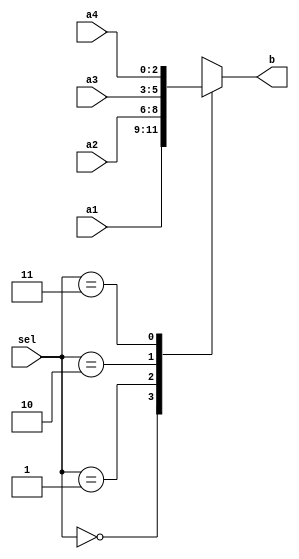
module mux4x1(

	input [2:0] a1,a2,a3,a4,
	input [1:0] sel,
	output reg [2:0]b
);

always@(*)
	begin
		case(sel)
			2'b00 : b = a1;
			2'b01 : b = a2;
			2'b10 : b = a3;
			2'b11 : b = a4;
			default : b = 000;
		endcase
		
	end
endmodule